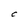
Character: C